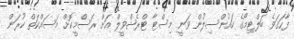
ފާހަގަވެ ބަލްޓިމޯގެ ކައުންސިލުން ވަނީ މިސްޓާ ޓްރެޝްވީލް އަށް ރަސްމީކޮށް މަސައްކަތް ކުރަން